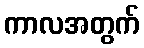
ကာလအတွက်